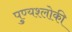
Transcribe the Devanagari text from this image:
पुण्‍यश्‍लोकी